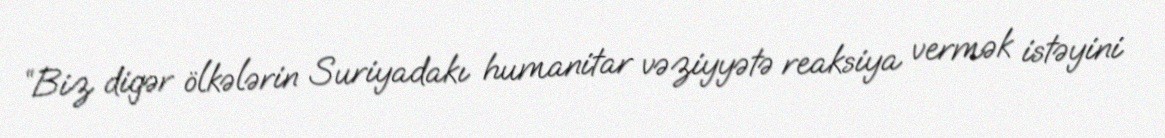
“Biz digər ölkələrin Suriyadakı humanitar vəziyyətə reaksiya vermək istəyini